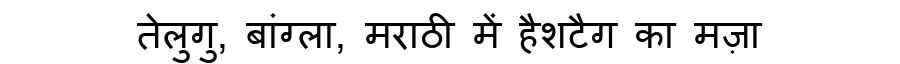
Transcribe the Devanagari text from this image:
तेलुगु, बांग्ला, मराठी में हैशटैग का मज़ा